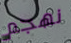
نهجم